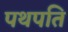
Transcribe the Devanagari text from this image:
पथपति